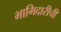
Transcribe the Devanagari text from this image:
भागिदारीची